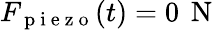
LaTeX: F_{\mathrm{~p~i~e~z~o~}}(t)=0\, \mathrm{~N~}